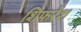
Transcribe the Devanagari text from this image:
शिफरेश